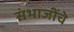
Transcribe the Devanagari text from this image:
संभाजींचे